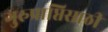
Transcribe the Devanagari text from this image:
गुरुप्राप्तिसाठी